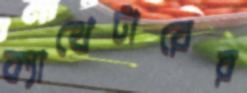
ক্যাথেটারের